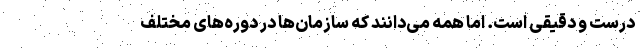
درست و دقیقی است. اما همه می‌دانند که سازمان‌ها در دوره‌های مختلف